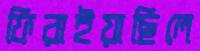
ফিরাইয়াছিলে